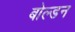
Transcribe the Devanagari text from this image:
बोल्डन